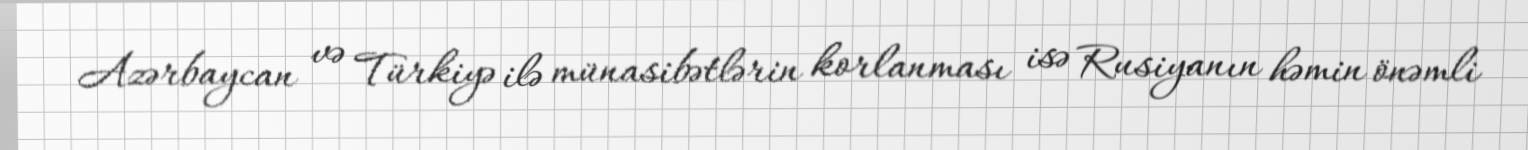
Azərbaycan və Türkiyə ilə münasibətlərin korlanması isə Rusiyanın həmin önəmli